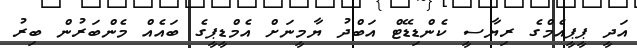
އަދީ ޕީޕީއެމްގެ ރިޔާސީ ކެންޑިޑޭޓް އަބްދު ޔާމީނަށް އެމްޑީޕީގެ ބައެއް މެންބަރުން ބިރު